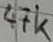
Text: 47k